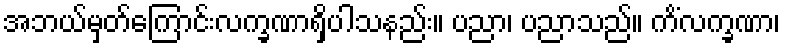
အဘယ်မှတ်ကြောင်းလက္ခဏာရှိပါသနည်း။ ပညာ၊ ပညာသည်။ ကိံလက္ခဏာ၊